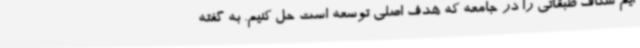
ایم شکاف طبقاتی را در جامعه که هدف اصلی توسعه است حل کنیم. به گفته